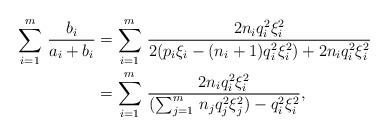
LaTeX: \begin{align*}\sum_{i=1}^m \,\frac{b_i}{a_i +b_i} & = \sum_{i=1}^m \,\frac{2n_i q_i^2 \xi_i^2}{ 2(p_i \xi_i-(n_i+1)q_i^2 \xi_i^2) +2n_i q_i^2 \xi_i^2 } \\& = \sum_{i=1}^m \,\frac{ 2 n_i q_i^2 \xi_i^2}{ (\sum_{j=1}^m \,n_j q_j^2 \xi_j^2) -q_i^2 \xi_i^2},\end{align*}